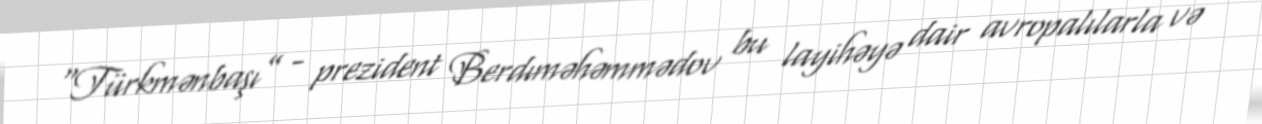
“Türkmənbaşı” - prezident Berdıməhəmmədov bu layihəyə dair avropalılarla və